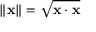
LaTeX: \| \mathbf { x } \| = { \sqrt { \mathbf { x } \cdot \mathbf { x } } }